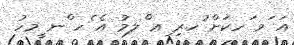
އަ ަވ ަހކަށް ުހރި ިޢ ްލމު އެ ެހ ްނ ީމހު